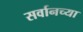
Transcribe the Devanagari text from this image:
सर्वानच्या